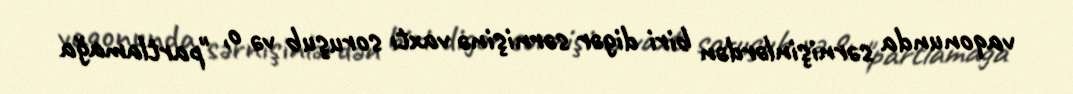
vaqonunda sərnişinlərdən biri digər sərnişinə vaxtı soruşub və o, "partlamağa